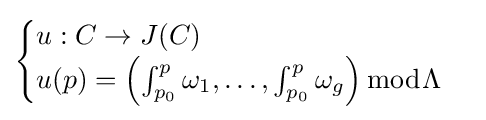
{\begin{cases}u:C\to J(C)\\u(p)=\left(\int _{p_{0}}^{p}\omega _{1},\dots ,\int _{p_{0}}^{p}\omega _{g}\right){\bmod {\Lambda }}\end{cases}}